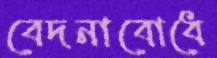
বেদনাবোধে